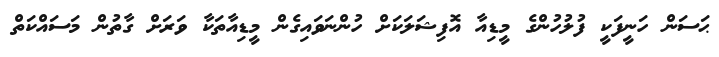
ޙަސަން ހަނީފަކީ ފުލުހުންގެ މީޑިއާ އޮފިޝަލަކަށް ހުންނަވައިގެން މީޑިއާތަކާ ވަރަށް ގާތުން މަސައްކަތް